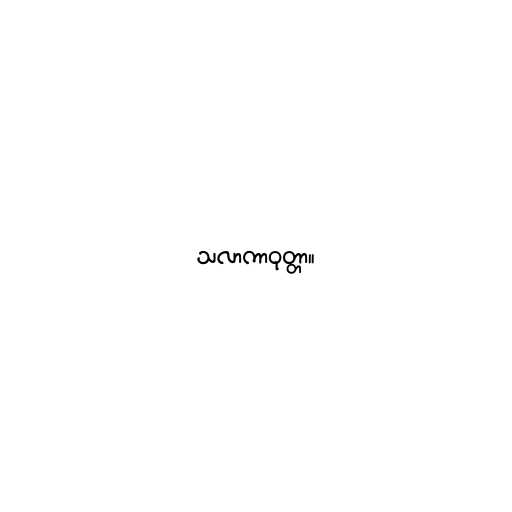
သလာကာဝုတ္တာ။